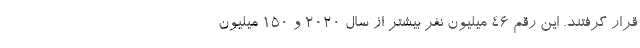
قرار گرفتند. این رقم ۴۶ میلیون نفر بیشتر از سال ۲۰۲۰ و ۱۵۰ میلیون